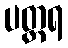
ပတ္ထရ